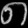
Digit: ၈